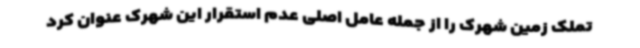
تملک زمین شهرک را از جمله عامل اصلی عدم استقرار این شهرک عنوان کرد